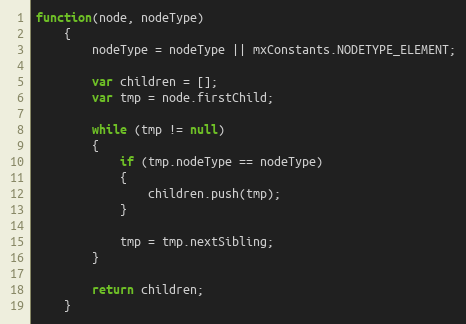
Language: JavaScript
function(node, nodeType)
	{
		nodeType = nodeType || mxConstants.NODETYPE_ELEMENT;

		var children = [];
		var tmp = node.firstChild;

		while (tmp != null)
		{
			if (tmp.nodeType == nodeType)
			{
				children.push(tmp);
			}

			tmp = tmp.nextSibling;
		}

		return children;
	}